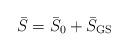
LaTeX: \begin{align*}\bar{S}=\bar{S}_{0}+\bar{S}_{\rm GS}\end{align*}